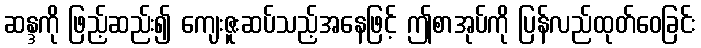
ဆန္ဒကို ဖြည့်ဆည်း၍ ကျေးဇူးဆပ်သည့်အနေဖြင့် ဤစာအုပ်ကို ပြန်လည်ထုတ်ဝေခြင်း